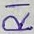
Text: R1